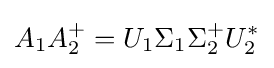
A_{1}A_{2}^{+}=U_{1}\Sigma _{1}\Sigma _{2}^{+}U_{2}^{*}